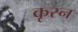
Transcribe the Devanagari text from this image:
कृस्न